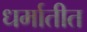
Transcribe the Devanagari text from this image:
धर्मातीत